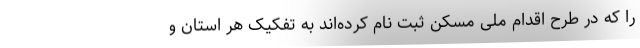
را که در طرح اقدام ملی مسکن ثبت نام کرده‌اند به تفکیک هر استان و